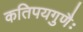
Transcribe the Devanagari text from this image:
कतिपयगुणैः